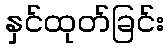
နှင်ထုတ်ခြင်း